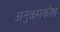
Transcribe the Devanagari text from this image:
अनुक्रमकोश